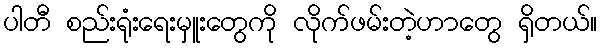
ပါတီ စည်းရုံးရေးမှူးတွေကို လိုက်ဖမ်းတဲ့ဟာတွေ ရှိတယ်။